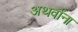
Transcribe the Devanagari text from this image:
अथर्वांना